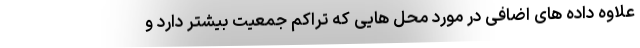
علاوه داده های اضافی در مورد محل هایی که تراکم جمعیت بیشتر دارد و